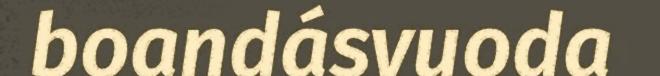
boandásvuoda